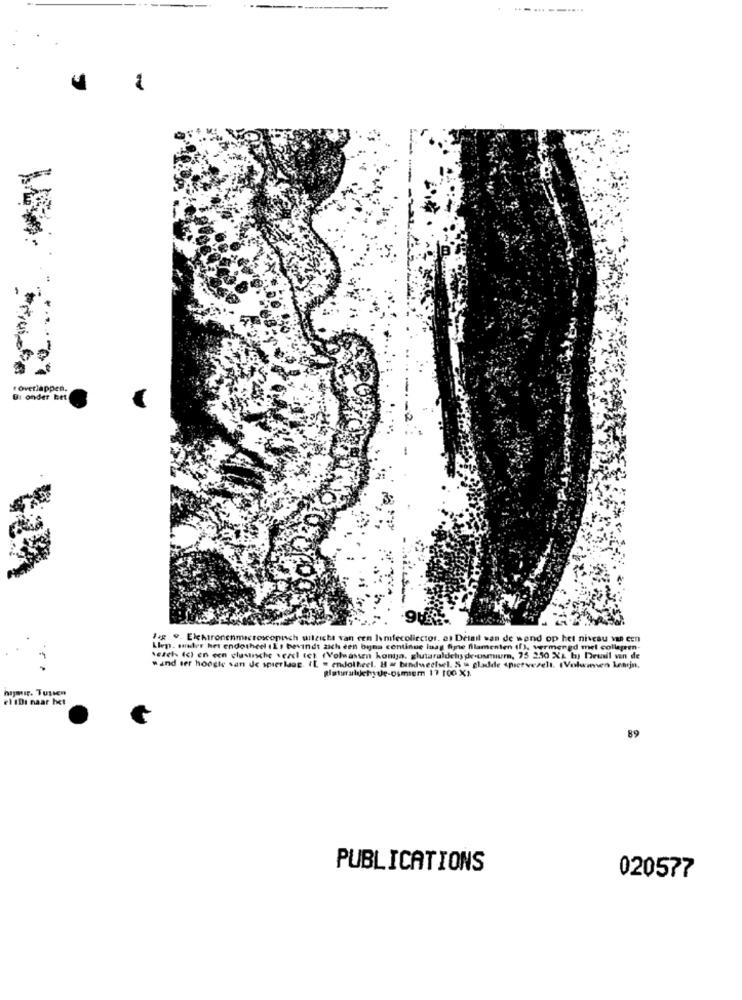
--- --....
overlappen.
Di onder bet
Fig 9. Elektronenmicroscopisch uitzicht van een Imfecollector. as Detail san de wand op het niveau van een
Klep. sander het endotheel 1Es bevindt zich een byns continue laag Sine filamenten (f), vermengd mel collageen-
weset- (c) en een clasusche vezel tet (Volwassen kondja, glutaraldehyde.usmum, 75 2.50 %& b) Deuil van de
hand ter hoogte san Je spierlasg. ([ - endotheel. H = bindweefsel. Su gladde spietverelt. (Volwinsen Lemjn,
el Di naar het
89
PUBLICATIONS
020577